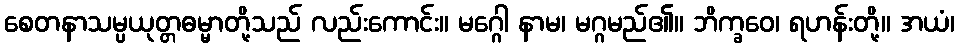
စေတနာသမ္ပယုတ္တဓမ္မာတို့သည် လည်းကောင်း။ မဂ္ဂေါ နာမ၊ မဂ္ဂမည်၏။ ဘိက္ခဝေ၊ ရဟန်းတို့။ အယံ၊